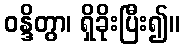
ဝန္ဒိတွာ၊ ရှိခိုးပြီး၍။